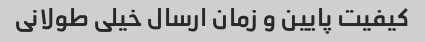
کیفیت پایین و زمان ارسال خیلی طولانی